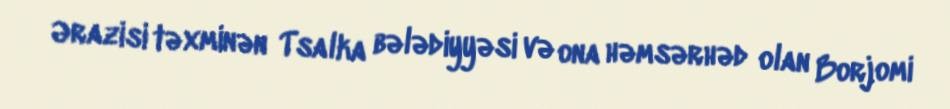
Ərazisi təxminən Tsalka bələdiyyəsi və ona həmsərhəd olan Borjomi